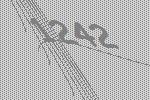
1242